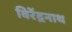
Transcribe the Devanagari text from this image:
विरेंद्रनाथ